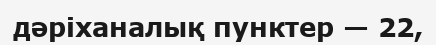
дәріханалық пунктер — 22,